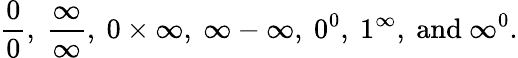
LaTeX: {\frac{0}{0}},~{\frac{\infty}{\infty}},~0\times\infty,~\infty-\infty,~0^{0},~1^{\infty},{\mathrm{~and~}}\infty^{0}.